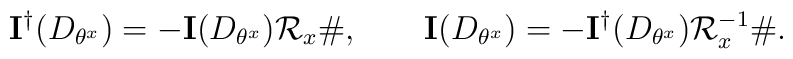
\mathbf{I}^\dagger(D_{\theta^x}) =-\mathbf{I}(D_{\theta^x})\mathcal{R}_x \# , \qquad \mathbf{I}(D_{\theta^x}) = -\mathbf{I}^\dagger(D_{\theta^x})\mathcal{R}_x^{-1} \# .